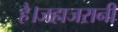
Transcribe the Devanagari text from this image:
है।जहाजरानी